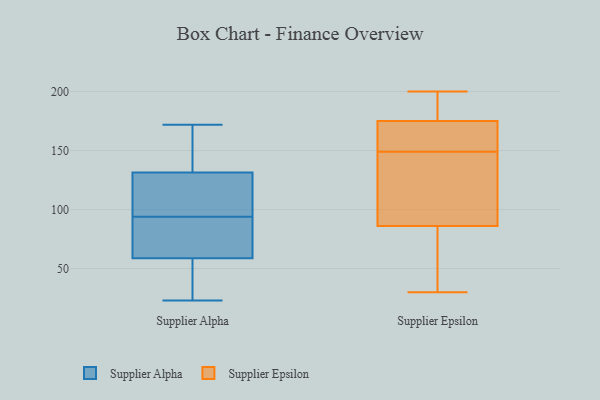
{"axis": {"x": "Market Share (%)", "y": "Value"}, "legend": ["Supplier Alpha", "Supplier Epsilon"], "data": [{"x": "", "y": 38, "type": "Supplier Alpha"}, {"x": "", "y": 43, "type": "Supplier Alpha"}, {"x": "", "y": 132, "type": "Supplier Alpha"}, {"x": "", "y": 143, "type": "Supplier Alpha"}, {"x": "", "y": 101, "type": "Supplier Alpha"}, {"x": "", "y": 87, "type": "Supplier Alpha"}, {"x": "", "y": 172, "type": "Supplier Alpha"}, {"x": "", "y": 92, "type": "Supplier Alpha"}, {"x": "", "y": 54, "type": "Supplier Alpha"}, {"x": "", "y": 169, "type": "Supplier Alpha"}, {"x": "", "y": 164, "type": "Supplier Alpha"}, {"x": "", "y": 94, "type": "Supplier Alpha"}, {"x": "", "y": 97, "type": "Supplier Alpha"}, {"x": "", "y": 23, "type": "Supplier Alpha"}, {"x": "", "y": 37, "type": "Supplier Alpha"}, {"x": "", "y": 73, "type": "Supplier Alpha"}, {"x": "", "y": 75, "type": "Supplier Alpha"}, {"x": "", "y": 130, "type": "Supplier Alpha"}, {"x": "", "y": 118, "type": "Supplier Alpha"}, {"x": "", "y": 193, "type": "Supplier Epsilon"}, {"x": "", "y": 96, "type": "Supplier Epsilon"}, {"x": "", "y": 171, "type": "Supplier Epsilon"}, {"x": "", "y": 187, "type": "Supplier Epsilon"}, {"x": "", "y": 187, "type": "Supplier Epsilon"}, {"x": "", "y": 149, "type": "Supplier Epsilon"}, {"x": "", "y": 30, "type": "Supplier Epsilon"}, {"x": "", "y": 80, "type": "Supplier Epsilon"}, {"x": "", "y": 155, "type": "Supplier Epsilon"}, {"x": "", "y": 88, "type": "Supplier Epsilon"}, {"x": "", "y": 51, "type": "Supplier Epsilon"}, {"x": "", "y": 200, "type": "Supplier Epsilon"}, {"x": "", "y": 151, "type": "Supplier Epsilon"}, {"x": "", "y": 139, "type": "Supplier Epsilon"}, {"x": "", "y": 126, "type": "Supplier Epsilon"}, {"x": "", "y": 159, "type": "Supplier Epsilon"}, {"x": "", "y": 35, "type": "Supplier Epsilon"}]}